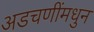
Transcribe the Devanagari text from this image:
अडचणींमधुन